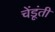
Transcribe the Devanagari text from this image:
चेंडूंती